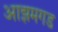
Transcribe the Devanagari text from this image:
आझमगड